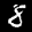
Label: 8